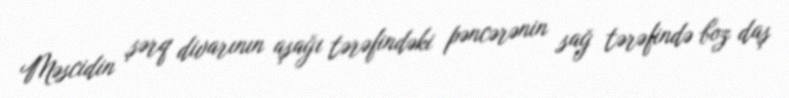
Məscidin şərq divarının aşağı tərəfindəki pəncərənin sağ tərəfində boz daş